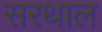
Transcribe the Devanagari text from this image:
सरथाल